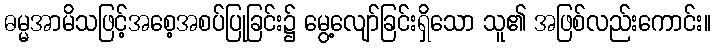
ဓမ္မအာမိသဖြင့်အစေ့အစပ်ပြုခြင်း၌ မွေ့လျော်ခြင်းရှိသော သူ၏ အဖြစ်လည်းကောင်း။